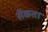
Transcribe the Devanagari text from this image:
सेंकता